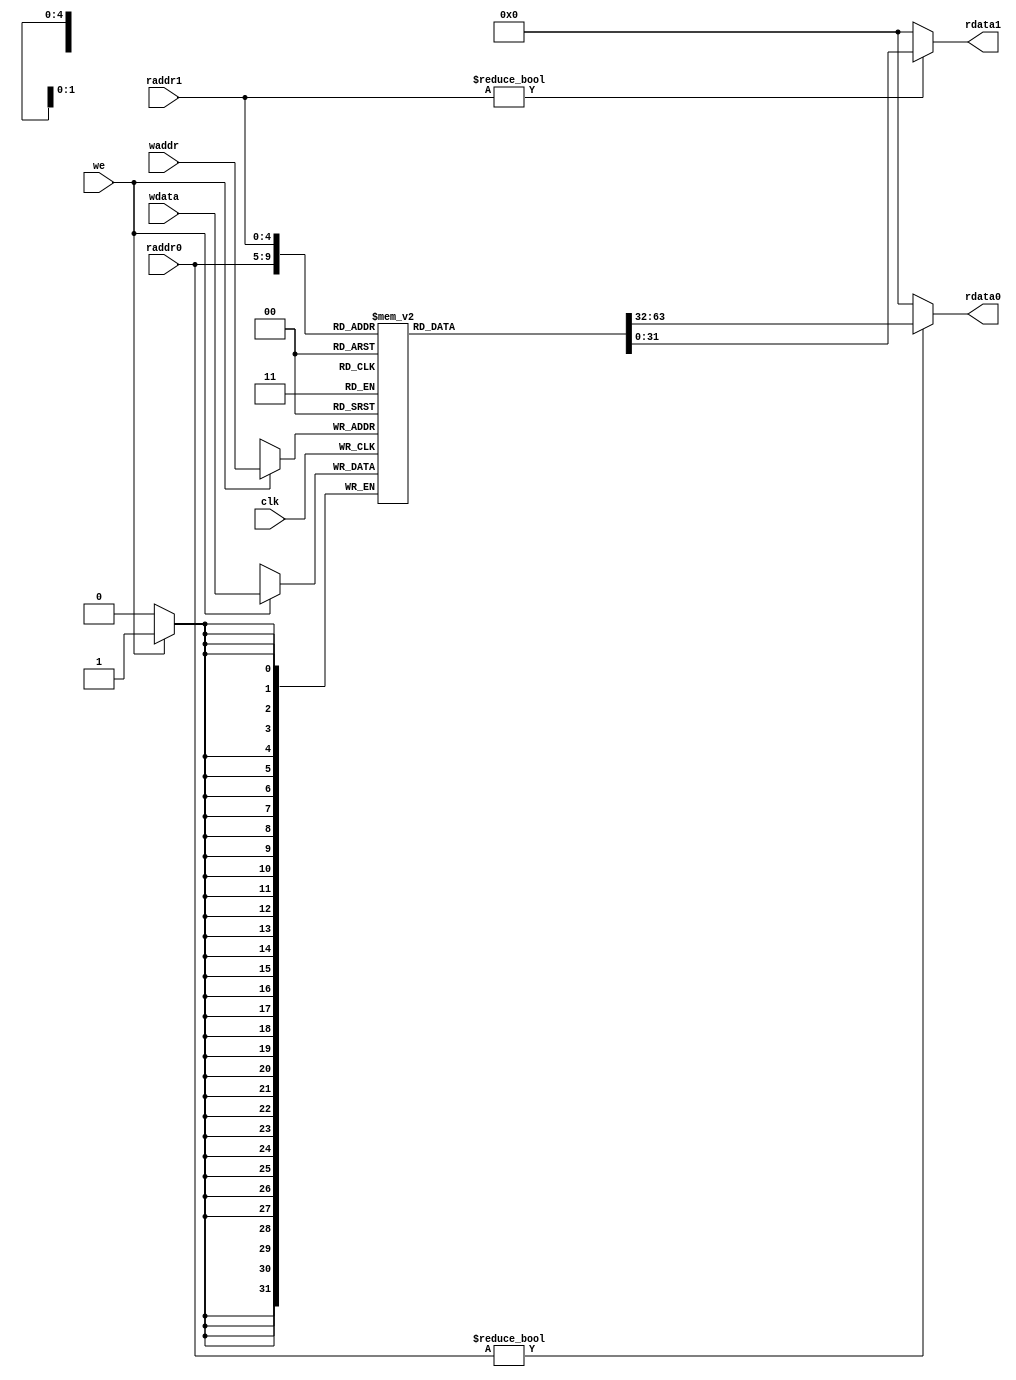
module reg_file(
    input clk,
    input [4:0]raddr0,   /* Read address #0 */
    input [4:0]raddr1,   /* Read address #1 */
    input [4:0]waddr,    /* Write address */
    input [31:0]wdata,   /* Write data */
    input we,            /* Write enable */

    output [31:0]rdata0, /* Read data #0 */
    output [31:0]rdata1  /* Read data #1 */
);

reg [31:0]x[31:0];

genvar i;
generate
for (i = 0; i < 32; i = i + 1)
begin : reg_init
    initial
        x[i] = 32'b0;
end
endgenerate

assign rdata0 = (raddr0 != 32'b0) ? x[raddr0] : 32'b0;
assign rdata1 = (raddr1 != 32'b0) ? x[raddr1] : 32'b0;

always @(posedge clk) begin
    if (we) begin
        x[waddr] <= wdata;
    end
end

endmodule